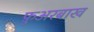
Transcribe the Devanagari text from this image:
फ़ुअरबाख